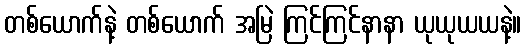
တစ်ယောက်နဲ့ တစ်ယောက် အမြဲ ကြင်ကြင်နာနာ ယုယုယယနဲ့။